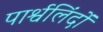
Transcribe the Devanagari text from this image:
पार्श्वलिंदों